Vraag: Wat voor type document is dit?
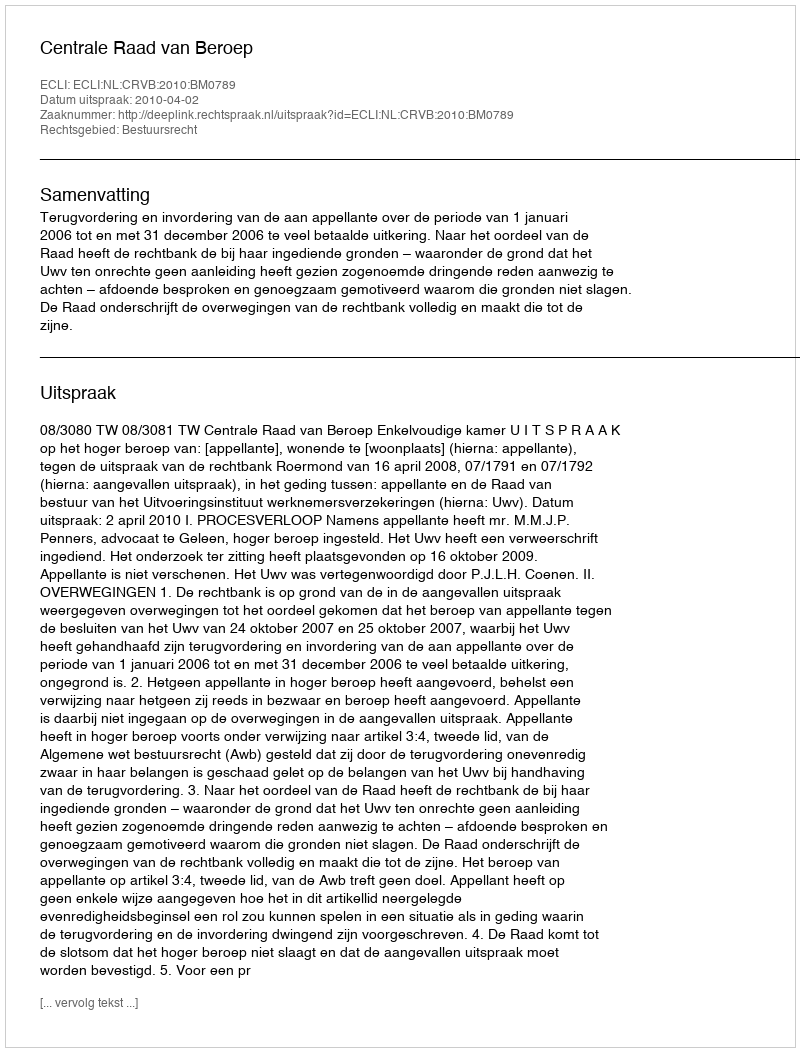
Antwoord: Uitspraak